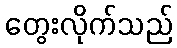
တွေးလိုက်သည်